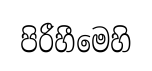
පිරීහීමෙහි